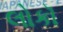
લોકૉ